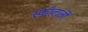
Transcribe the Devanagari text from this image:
स्कॉलर्ली